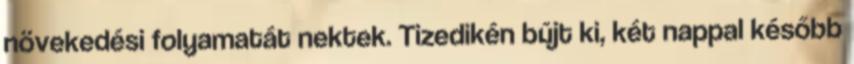
növekedési folyamatát nektek. Tizedikén bújt ki, két nappal később